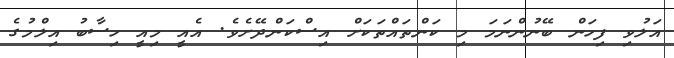
އަލުވި ފިހަން ބޭނުންނަމަ މި ކަންތައްތަކަށް އިސްކަންދޭށެވެ. އެއީ މިއީ ހިސާބު އިލްމުގެ